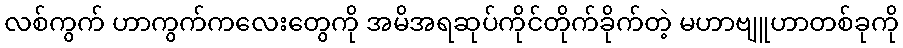
လစ်ကွက် ဟာကွက်ကလေးတွေကို အမိအရဆုပ်ကိုင်တိုက်ခိုက်တဲ့ မဟာဗျူဟာတစ်ခုကို